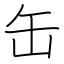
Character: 缶